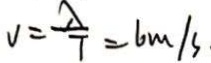
v = \frac { \lambda } { 7 } = 6 m / s